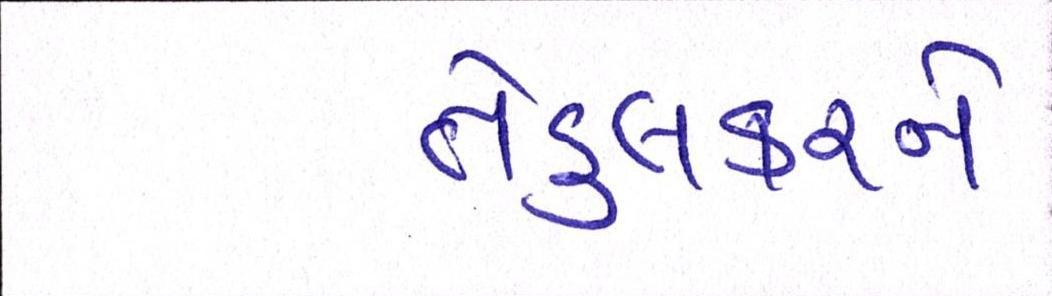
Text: તેંડુલકરને